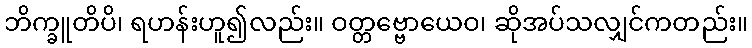
ဘိက္ခူတိပိ၊ ရဟန်းဟူ၍လည်း။ ဝတ္တဗ္ဗောယေဝ၊ ဆိုအပ်သလျှင်ကတည်း။